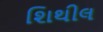
શિથીલ